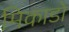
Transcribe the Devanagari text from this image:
मिकाडो